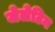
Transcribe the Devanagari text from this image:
जेलेटिन